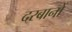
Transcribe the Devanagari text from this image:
दरबानों